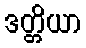
ဒတ္တိယာ